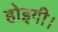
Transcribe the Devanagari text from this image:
होइगी।